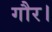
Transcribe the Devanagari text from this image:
गौर।